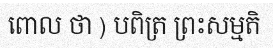
ពោល ថា ) បពិត្រ ព្រះសម្មតិ